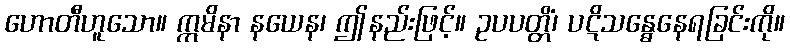
ဟောတီဟူသော။ ဣမိနာ နယေန၊ ဤနည်းဖြင့်။ ဥပပတ္တိံ၊ ပဋိသန္ဓေနေရခြင်းကို။